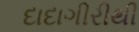
દાદાગીરીથી